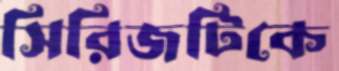
সিরিজটিকে